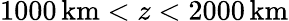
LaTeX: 1000\, \mathrm{km}<z<2000\, \mathrm{km}